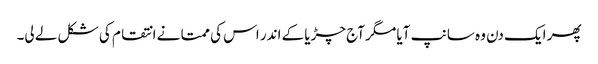
پھر ایک دن وہ سانپ آیا مگر آج چڑیا کے اندر اس کی ممتا نے انتقام کی شکل لے لی۔